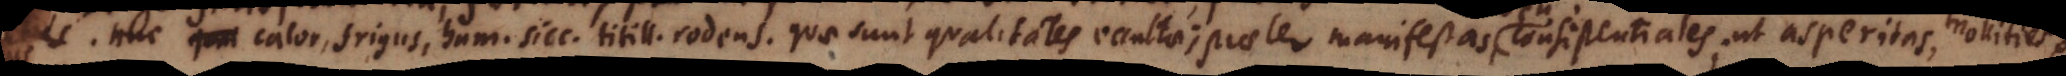
Huc qua calor, frigus, humiditas, siccitas, titillatio rodens, quae sunt qualitates occultae, praeter manifestas, seu consistentiales; ut asperitas, mollities.